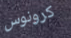
كرونوس